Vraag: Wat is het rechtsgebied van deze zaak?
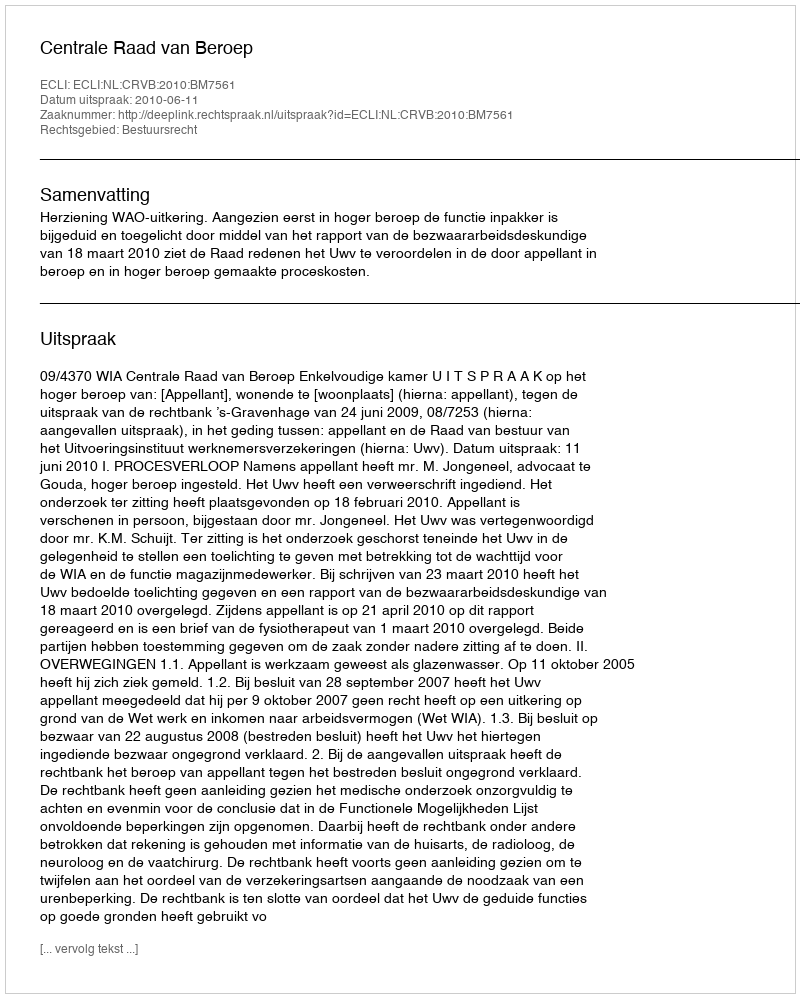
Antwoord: Bestuursrecht